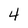
Character: 4